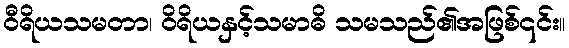
ဝီရိယသမတာ၊ ဝိရိယနှင့်သမာဓိ သမသည်၏အဖြစ်၎င်း။